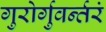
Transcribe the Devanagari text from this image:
गुरोर्गुवर्न्तरं